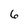
Character: 6